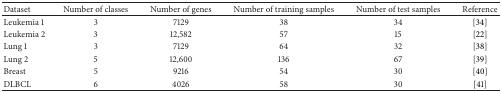
| Dataset | Number of classes | Number of genes | Number of training samples | Number of test samples | Reference |
 | --- | --- | --- | --- | --- | --- |
 | Leukemia 1 | 3 | 7129 | 38 | 34 | [34] |
 | Leukemia 2 | 3 | 12,582 | 57 | 15 | [22] |
 | Lung 1 | 3 | 7129 | 64 | 32 | [38] |
 | Lung 2 | 5 | 12,600 | 136 | 67 | [39] |
 | Breast | 5 | 9216 | 54 | 30 | [40] |
 | DLBCL | 6 | 4026 | 58 | 30 | [41] |